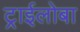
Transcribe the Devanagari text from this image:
ट्राईलोबा